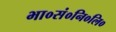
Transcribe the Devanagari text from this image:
भा०सं०नि०लि०